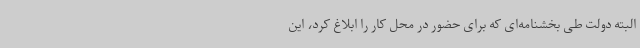
البته دولت طی بخشنامه‌ای که برای حضور در محل کار را ابلاغ کرد، این